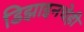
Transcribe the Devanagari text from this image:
डिझाइनचेही